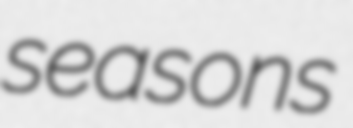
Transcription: seasons